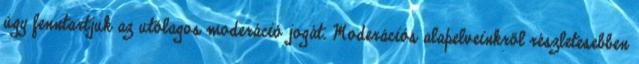
úgy fenntartjuk az utólagos moderáció jogát. Moderációs alapelveinkről részletesebben